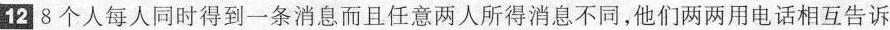
12 8个人每人同时得到一条消息而且任意两人所得消息不同，他们两两用电话相互告诉